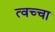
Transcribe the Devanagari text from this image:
त्वच्चा